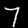
Label: 7